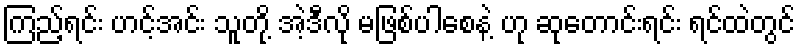
ကြည့်ရင်း ဟင့်အင်း သူတို့ အဲ့ဒီလို မဖြစ်ပါစေနဲ့ ဟု ဆုတောင်းရင်း ရင်ထဲတွင်